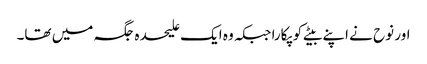
اور نوح نے اپنے بیٹے کو پکارا جبکہ وہ ایک علیحدہ جگہ میں تھا۔